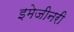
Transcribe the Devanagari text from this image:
इमेजीनरी